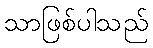
သာဖြစ်ပါသည်